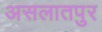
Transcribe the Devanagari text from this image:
असलातपुर